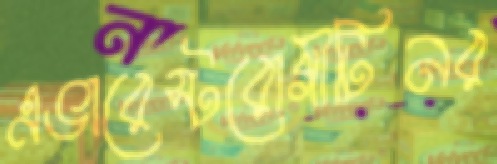
এভারেস্টরোগীটিনর